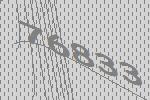
76833